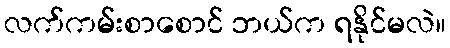
လက်ကမ်းစာစောင် ဘယ်က ရနိုင်မလဲ။